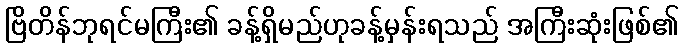
ဗြိတိန်ဘုရင်မကြီး၏ ခန့်ရှိမည်ဟုခန့်မှန်းရသည် အကြီးဆုံးဖြစ်၏